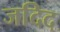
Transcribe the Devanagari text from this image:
जदिद